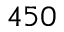
4 5 0